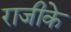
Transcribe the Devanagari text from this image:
राजीके